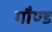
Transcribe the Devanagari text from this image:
गौण्ड